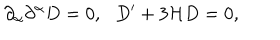
\partial _ { \alpha } \partial ^ { \alpha } D = 0 , \, \, \, \, D ^ { \prime } + 3 { \cal H } D = 0 ,